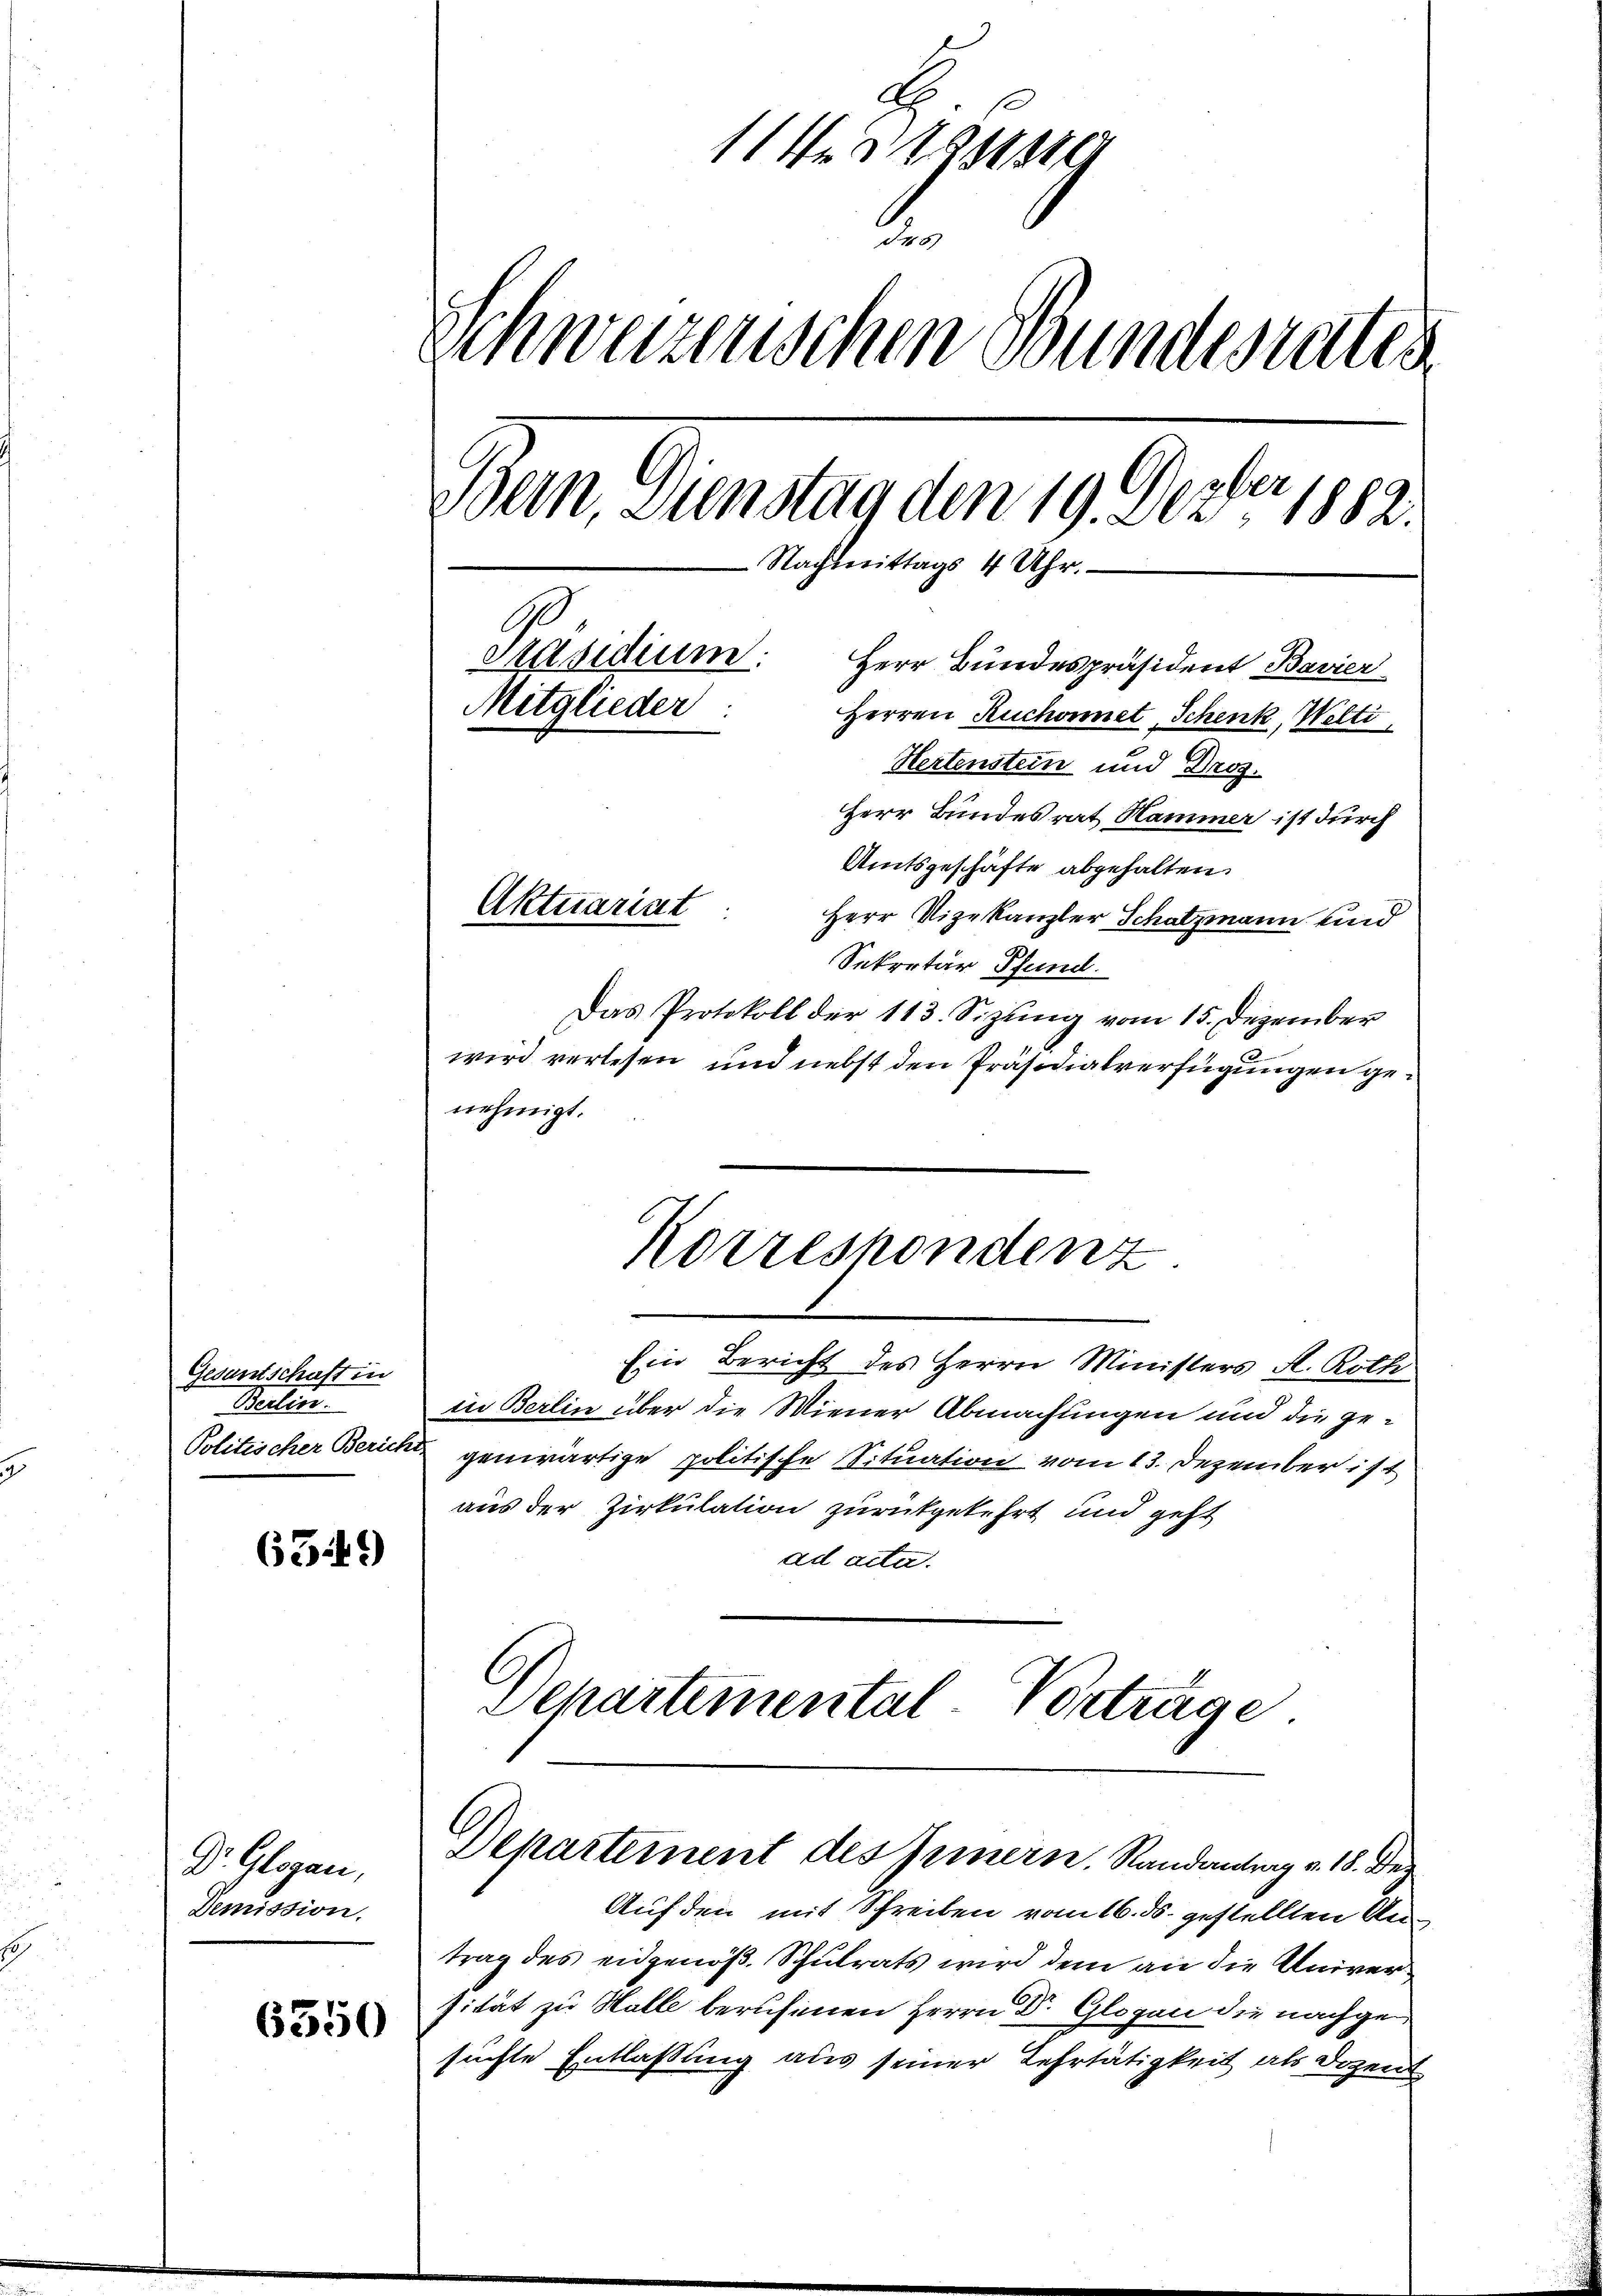
Gesantschaft in
Berlin.
Politischer Bericht.

6349)

Dr. Glogau,
Demission.

6550

1er 1814
.
Schweizenschen Bundesrates
26
Boern, Dienstag den 19. Dez. 1882.
Nachmittags 4 Uhr.
Präsidium.
Herr Bundespräsident Bavier
Mitglieder
Herren Ruchonnet, Schenk, Welti,
Hertenstein und Droz.
Herr Bundesrat Hammer ist durch
Amtsgeschäfte abgehalten.
Aktuariat
Herr Vizekanzler Schatzmann und

Sekretär Pfund
Das Protokoll der 113. Sizung vom 15. Dezember
wird verlesen und nebst den Präsidialverfügungen genehmigt.
Korrespondenz
Ein Bericht des Herrn Ministers A. Roth
in Berlin über die Miener Abmachungen und die gegenwärtige politische Situation vom 13. Dezember ist
aus der Zirkulation zurückgekehrt und geht
ad acta.
Departemental Vorträge

Departement des Innern. Randantrag v. 18. Dez

Auf den mit Schreiben vom 16. ds. gestellten Antrag des eidgenöß. Schulrats wird dem an die Univer
sität zu Walle berufenen Herrn Dr. Glosen die nachgesuchte Entlassung aus seiner Lehrtätigkeit als Dozent